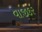
વાજીકર